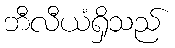
ဘီလီယံရှိသည်